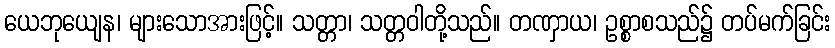
ယေဘုယျေန၊ များသောအားဖြင့်။ သတ္တာ၊ သတ္တဝါတို့သည်။ တဏှာယ၊ ဥစ္စာစသည်၌ တပ်မက်ခြင်း